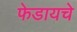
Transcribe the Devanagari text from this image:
फेडायचे